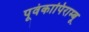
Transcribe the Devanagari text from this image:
पूवंकापिराम्बू